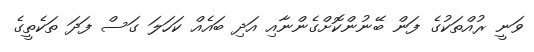
ވަނީ ރުއްތަކުގެ ފަން ބޭނުންކޮށްގެންނާއި އަދި ބައެއް ކަހަލަ ގަސް ފަދަ ތަކެތީގެ